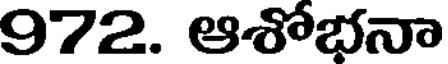
972. ఆశోభనా